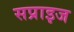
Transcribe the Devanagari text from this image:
सप्राइज